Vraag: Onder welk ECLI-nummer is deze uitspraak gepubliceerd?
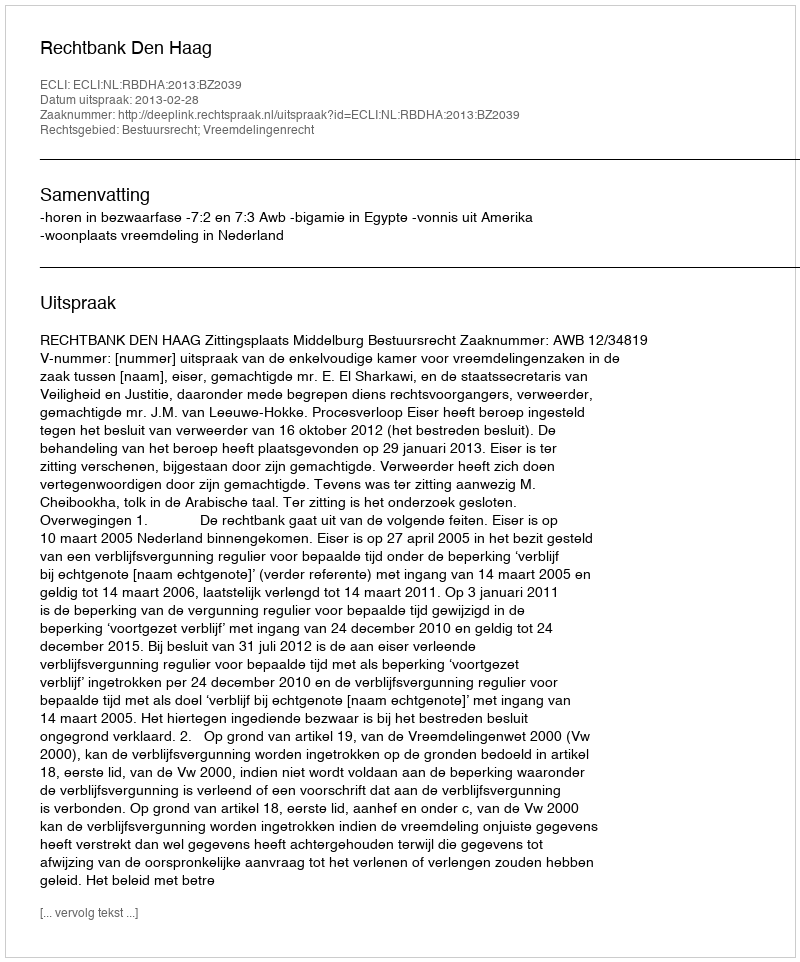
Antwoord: ECLI:NL:RBDHA:2013:BZ2039